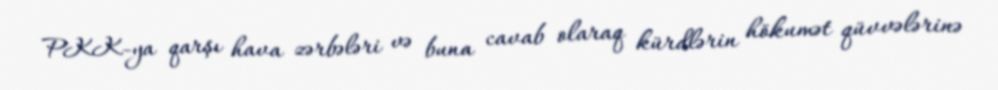
PKK-ya qarşı hava zərbələri və buna cavab olaraq kürdlərin hökumət qüvvələrinə